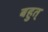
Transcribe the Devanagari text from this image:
बहुत्‌